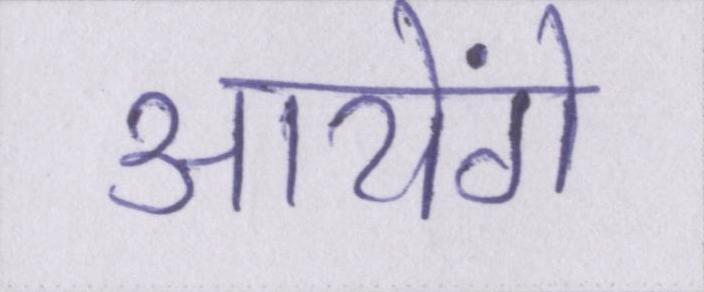
आयेंगे